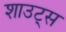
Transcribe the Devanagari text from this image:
शाउट्स